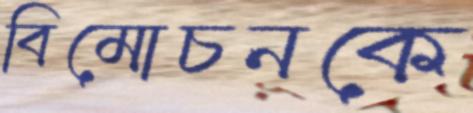
বিমোচনকে